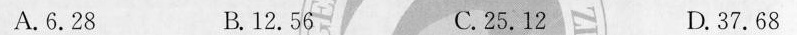
A.6.28 B.12.56 C.25.12 D.37.68